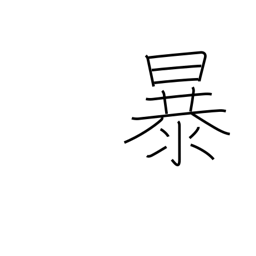
Meaning: rave